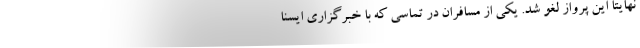
نهایتا این پرواز لغو شد. یکی از مسافران در تماسی که با خبرگزاری ایسنا